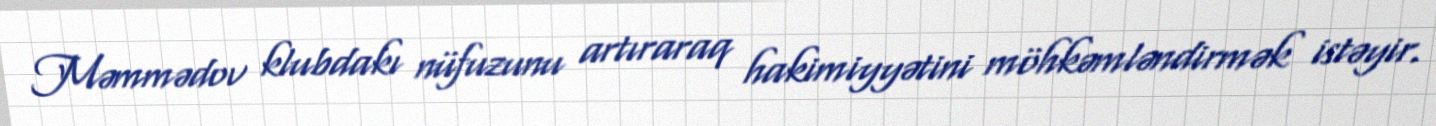
Məmmədov klubdakı nüfuzunu artıraraq hakimiyyətini möhkəmləndirmək istəyir.